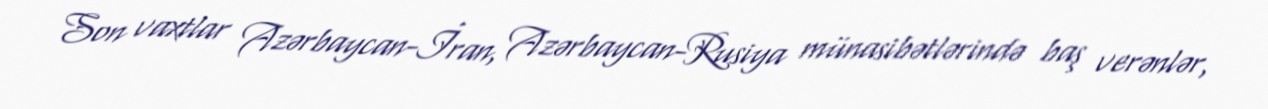
Son vaxtlar Azərbaycan-İran, Azərbaycan-Rusiya münasibətlərində baş verənlər,